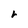
Character: r